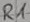
Text: R1